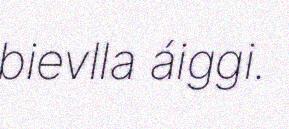
bievlla áiggi.